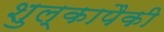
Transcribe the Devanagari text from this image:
शुल्कापैकी